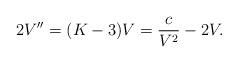
LaTeX: \begin{align*} 2V'' = (K-3)V = \frac{c}{V^{2}} - 2V. \end{align*}